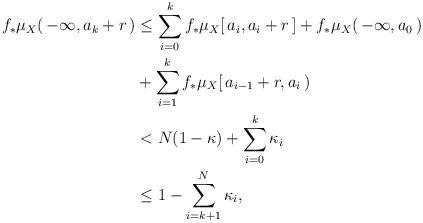
LaTeX: \begin{align*} f_*\mu_X(\,-\infty,a_k+r\,) &\le \sum_{i=0}^k f_*\mu_X[\,a_i,a_i+r\,] + f_*\mu_X(\,-\infty,a_0\,) \\ &+ \sum_{i=1}^k f_*\mu_X[\,a_{i-1}+r,a_i\,) \\ &< N(1-\kappa) + \sum_{i=0}^k \kappa_i \\ &\le 1-\sum_{i=k+1}^N \kappa_i, \end{align*}